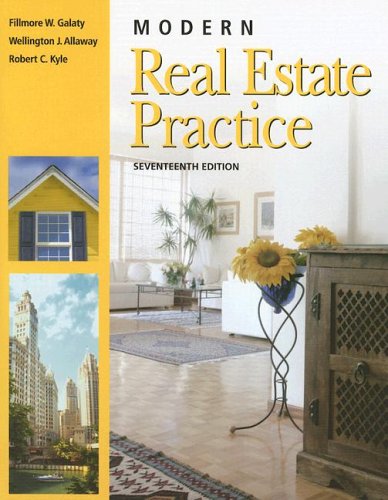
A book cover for Modern Real Estate Practice; Robert C Kyle; Business & Money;